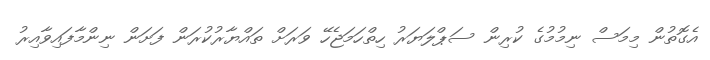
އެގޮތުން މިމަސް ނިމުމުގެ ކުރިން ސަޕްލަޔަރު ހިތްހަމަޖެހޭ ވަރަށް ތައްޔާރުކުރަން ފަށަން ނިންމާފައިވާއިރު